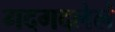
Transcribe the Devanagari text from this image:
गदगदलेलं